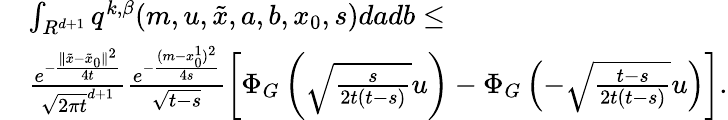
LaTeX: \begin{array}{rl}&{\int_{R^{d+1}}q^{k,\beta}(m,u,\tilde{x},a,b,x_{0},s)dadb\leq}\\ &{\frac{e^{-\frac{\| \tilde{x}-\tilde{x}_{0}\| ^{2}}{4t}}}{\sqrt{2\pi t}^{d+1}}\frac{e^{-\frac{(m-x_{0}^{1})^{2}}{4s}}}{\sqrt{t-s}}\left[\Phi_{G}\left(\sqrt{\frac{s}{2t(t-s)}}u\right)-\Phi_{G}\left(-\sqrt{\frac{t-s}{2t(t-s)}}u\right)\right].}\end{array}